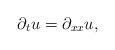
LaTeX: \begin{align*}\partial_t u = \partial_{xx} u,\end{align*}